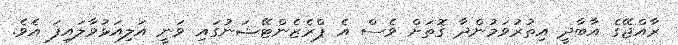
ރާއްޖޭގެ އާބާދީ އިތުރުވަމުންދާ ގޮތަށް ވެސް އެ ޕްރެޒެންޓޭޝަނުގައި ވަނީ އަލިއަޅުވާލައިފަ އެވެ.